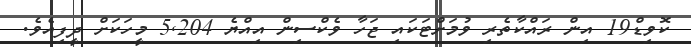
ކޮވިޑް19 އިން ރައްކާތެރި ވުމަށްޓަކައި ޖަހާ ވެކްސިން އިއްޔެ 5